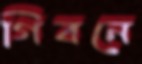
গিবনে